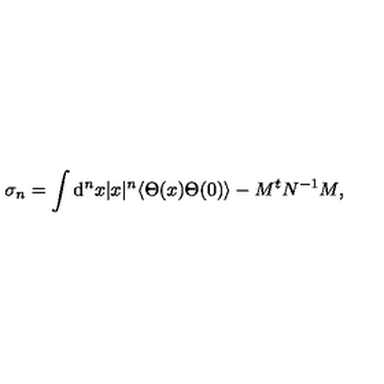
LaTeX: \sigma _ { n } = \int \mathrm { d } ^ { n } x | x | ^ { n } \langle \Theta ( x ) \Theta ( 0 ) \rangle - M ^ { t } N ^ { - 1 } M ,